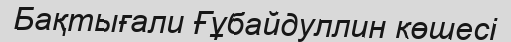
Бақтығали Ғұбайдуллин көшесі